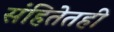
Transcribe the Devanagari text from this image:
संहितेतही